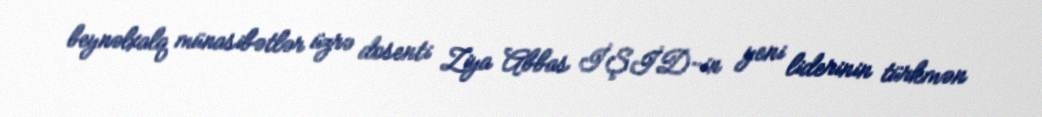
beynəlxalq münasibətlər üzrə dosenti Ziya Abbas İŞİD-in yeni liderinin türkmən